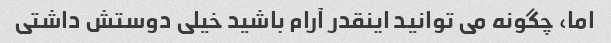
اما، چگونه می توانید اینقدر آرام باشید خیلی دوستش داشتی